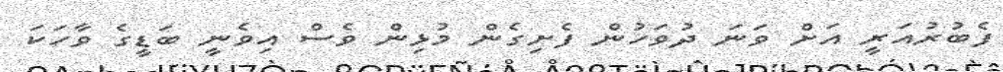
ފެބުރުއަރީ އަށް ވަނަ ދުވަހުން ފެށިގެން މުޅިން ވެސް އިވެނީ ބަޑީގެ ވާހަކަ